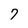
Character: 7